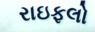
રાઇફલો